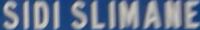
SIDI SLIMANE